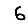
Digit: 6